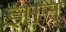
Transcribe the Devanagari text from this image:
ज्ञान्